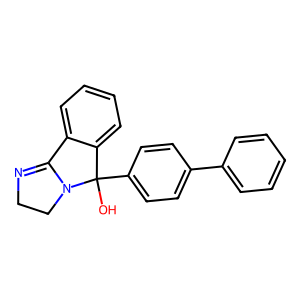
SMILES: OC1(c2ccc(-c3ccccc3)cc2)c2ccccc2C2=NCCN21
Inhibits HIV replication: No